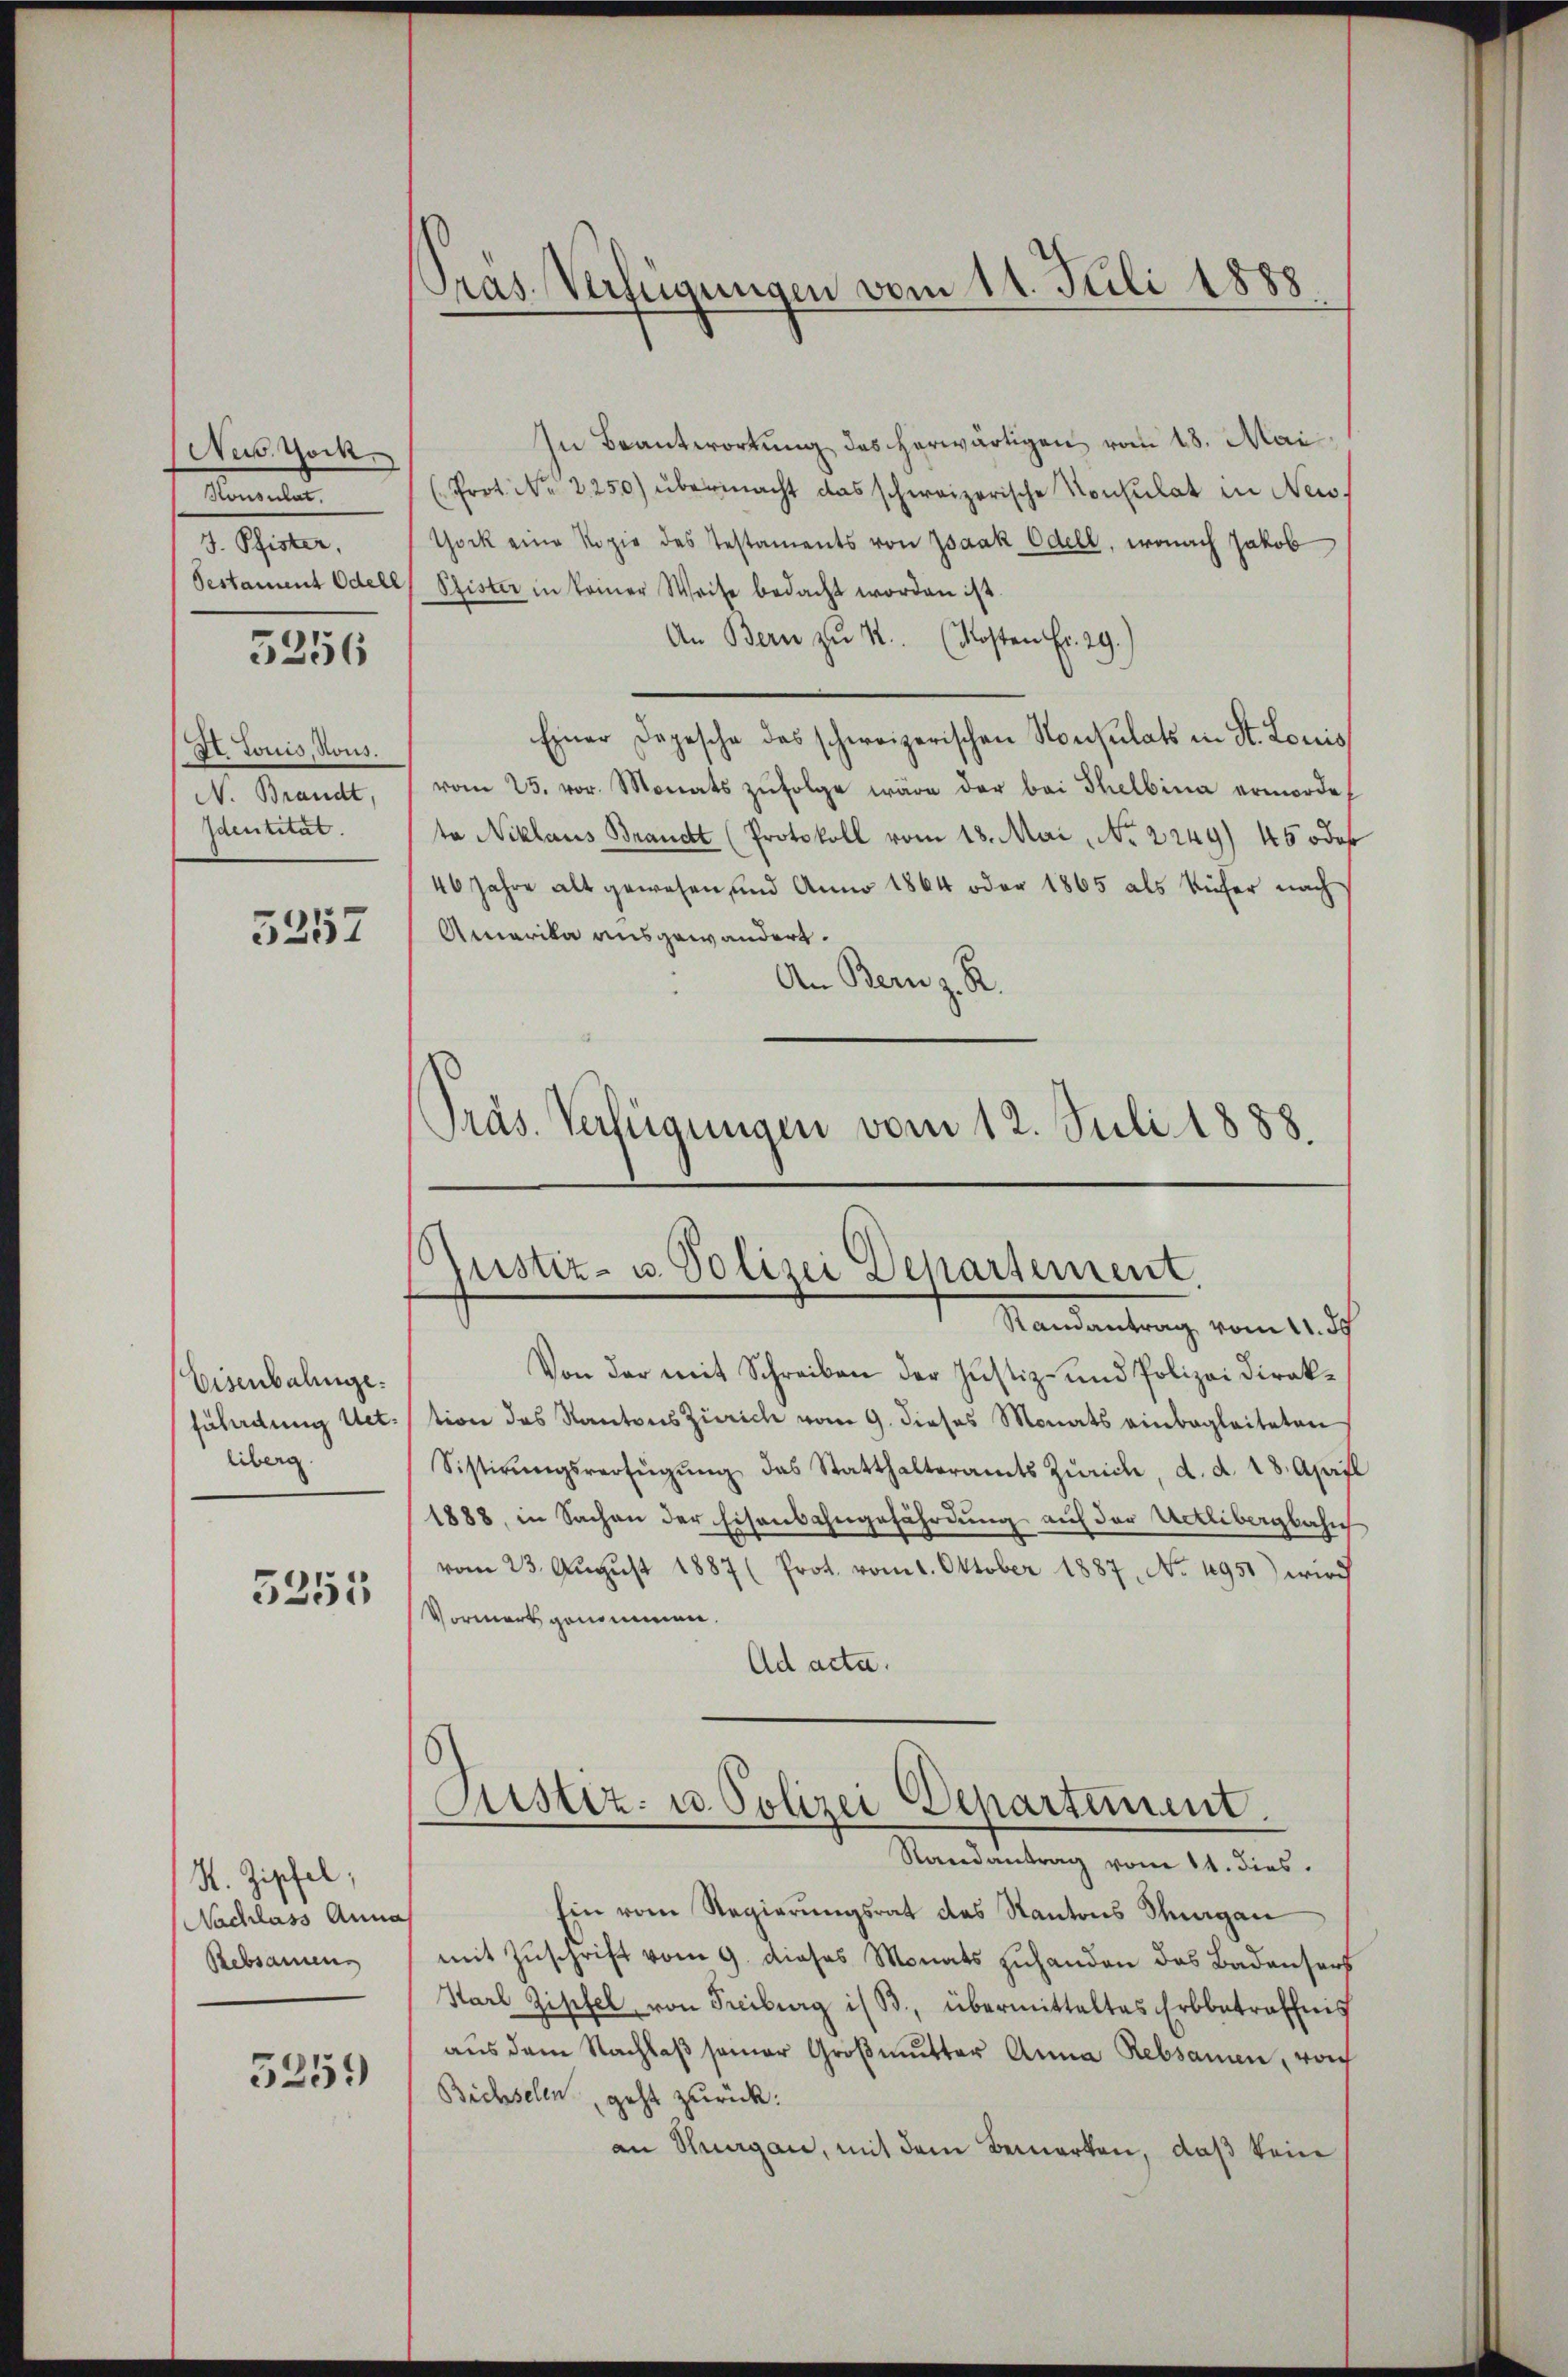
New Yock.
Konsulat,
J. Pfister,

5256

II. Louis, Nous.
N. Brandt,
Identität.

5257

Eisenbalinge.
fährdung Uet.
liberg.

5253

H. Zipfel,
Nachlass Anna
Rebsamen

5259

In Beantwortung des herwärtigen vom 18. Mai
(Prot. Nr. 2250) übermacht das schweizerische Konsulat in New-
York eine Kopie des Testaments von Isaak Edell, wonach Jakob
Pestament Odell Pfister in keiner Weise bedacht worden ist.
An Bern zu 1. (Kosten Fr. 29.)
Einer Depesche des schweizerischen Konsulats in St. Louis
vom 25. vor. Monats zŭfolge wäre der bei Thelbina ermordet
ta Niklaus Brandt (Protokoll vom 18. Mai, No. 2249) 450 da
46 Jahre alt gewesen, und Anno 1864 oder 1865 als Küfer nach
Amerika ausgewandert.
An Bern z. R.
Präs. Verfügungen vom 12. Juli 1888.

Präs. Verfügungen vom 11. Juli 1888

Justiz- u. Polizei Departement.
Randantrag vom 11. J

Von der mit Schreiben der Justiz- und Polizei Direktion des Kantons Zürich vom 9. dieses Monats einbegleiteten
Sistirŭngsverfügŭng das Statthalteramts Zürich, d. d. 18. April
1888, in Sachen der Eisenbahngefährdung auf der Uetlibergbahich
vom 23. Aŭgŭst 1887 (Prot. vom 1. Oktober 1887, No. 4951) wird
Vormerk genommen.
Ad acta.
Justiz- u. Polizei Departement.
Randantrag vom 11. dies
Ein vom Regierungsrat des Kantons Thurgan
mit Zuschrift vom 9. dieses Monats zuhanden das Badensers
Karl Zipfel von Freiburg i/B., übermittaltes Erbbetreffnis
aŭs dem Nachlaβ seiner Groβmŭtter Anna Rebsamen, woh
Bichselen, geht zurück:
an Nergan, mit dem Bemerken, daß kein